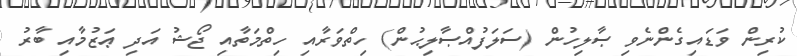
ކުރިން ވަޑައިގެންނެވި ޞާލިހުން (ސަލަފުއްޞާލިޙުން) ހިތްވަރާއި ހިތްމަތާއި ޖޯޝު އަދި ޢަޒުމާއި ބާރު